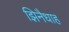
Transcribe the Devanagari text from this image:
झिनैधाह